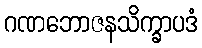
ဂဏဘောဇနသိက္ခာပဒံ